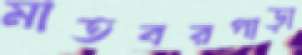
মাতবরপাড়া